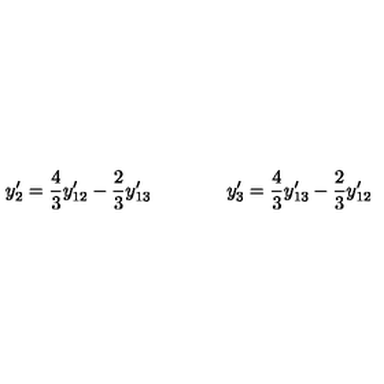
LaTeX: y _ { 2 } ^ { \prime } = { \frac { 4 } { 3 } } y _ { 1 2 } ^ { \prime } - { \frac { 2 } { 3 } } y _ { 1 3 } ^ { \prime } \qquad \qquad y _ { 3 } ^ { \prime } = { \frac { 4 } { 3 } } y _ { 1 3 } ^ { \prime } - { \frac { 2 } { 3 } } y _ { 1 2 } ^ { \prime }